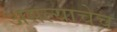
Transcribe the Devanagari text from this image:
असल्याचेच